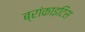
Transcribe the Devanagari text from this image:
ब्रांकाइटिस